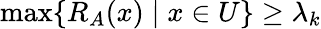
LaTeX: \operatorname*{max}\{ R_{A}(x)\mid x\in U\} \geq\lambda_{k}